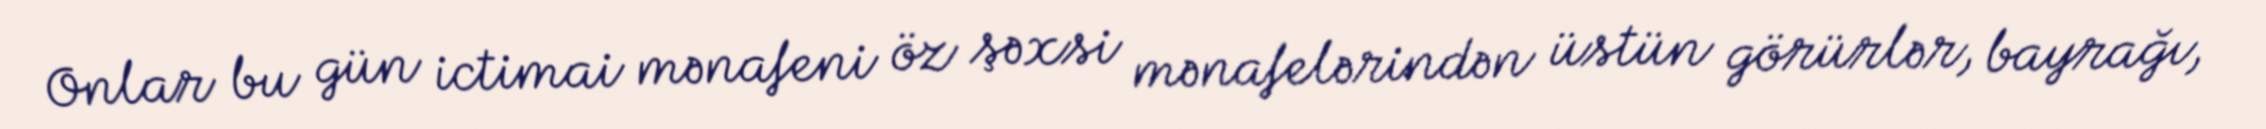
Onlar bu gün ictimai mənafeni öz şəxsi mənafelərindən üstün görürlər, bayrağı,